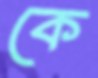
কে